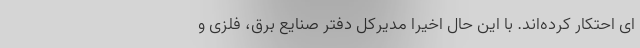
ای احتکار کرده‌اند. با این حال اخیرا مدیرکل دفتر صنایع برق، فلزی و